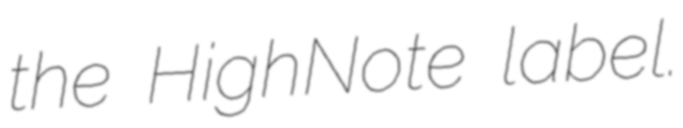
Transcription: the HighNote label.